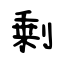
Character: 剰